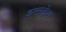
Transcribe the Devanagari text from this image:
डल्ग्लेइश